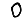
Digit: 0